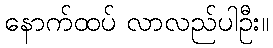
နောက်ထပ် လာလည်ပါဦး။